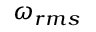
\omega _ { r m s }